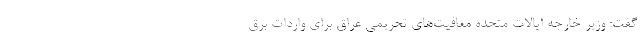
گفت: وزیر خارجه ایالات متحده معافیت‌های تحریمی عراق برای واردات برق